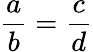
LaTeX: {\frac{a}{b}}={\frac{c}{d}}